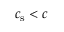
c _ { \mathrm { s } } < c